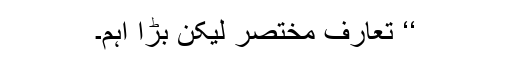
‘‘ تعارف مختصر لیکن بڑا اہم۔